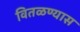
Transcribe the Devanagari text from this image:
वितळण्यास